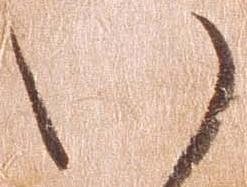
い